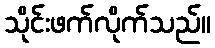
သိုင်းဖက်လိုက်သည်။